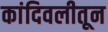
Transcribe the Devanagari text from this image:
कांदिवलीतून